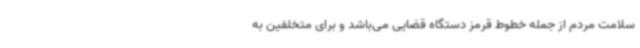
سلامت مردم از جمله خطوط قرمز دستگاه قضایی می‌باشد و برای متخلفین به